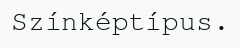
Színképtípus.